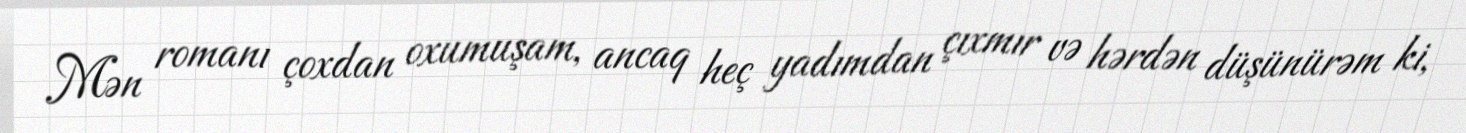
Mən romanı çoxdan oxumuşam, ancaq heç yadımdan çıxmır və hərdən düşünürəm ki,